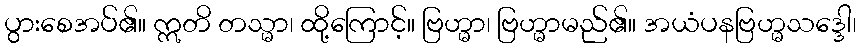
ပွားစေအပ်၏။ ဣတိ တသ္မာ၊ ထို့ကြောင့်။ ဗြဟ္မာ၊ ဗြဟ္မာမည်၏။ အယံပနဗြဟ္မသဒ္ဒေါ၊